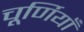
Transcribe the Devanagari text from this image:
चूर्णियाँ